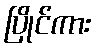
ပြိုင်ကား